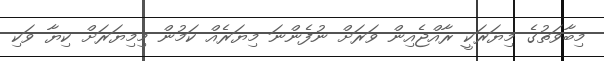
މިބާވަތުގެ މިޔަރަކީ ރާއްޖެއިން ވަރަށް ނުފެންނަ މިޔަރެއް ކަމުން މިމިޔަރަށް ކިޔާ ވަކި